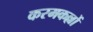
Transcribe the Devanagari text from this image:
करमकल्लों